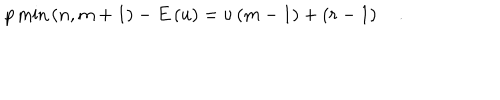
LaTeX: p \min \left( n , m + 1 \right) - E \left( u \right) = \nu \left( m - 1 \right) + \left( r - 1 \right) \quad .